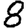
Digit: 8